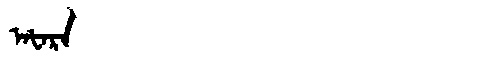
Manchu: ᠠᡶᠠᡵᠠ
Romanization: AFARA